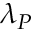
\lambda _ { P }